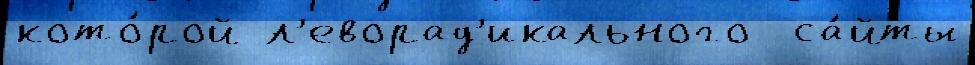
кото́рой л'еворад'икального  са́йты